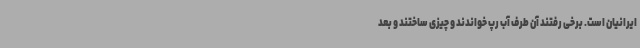
ایرانیان است. برخی رفتند آن طرف آب رپ خواندند و چیزی ساختند و بعد